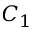
C _ { 1 }